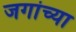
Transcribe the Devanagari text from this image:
जगांच्या